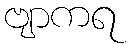
ဗျာကရ